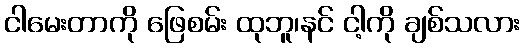
ငါမေးတာကို ဖြေစမ်း ထုဘူ၊နင် ငါ့ကို ချစ်သလား